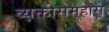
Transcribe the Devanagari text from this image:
व्यक्तीसमूहास